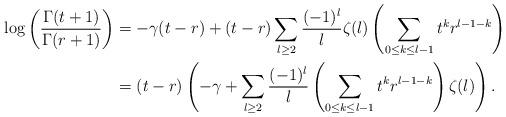
LaTeX: \begin{align*}\log\left(\frac{\Gamma(t+1)}{\Gamma(r+1)}\right) &= -\gamma(t-r) + (t-r)\sum_{l \geq 2} \frac{(-1)^l}{l}\zeta(l)\left(\sum_{0 \leq k \leq l-1} t^kr^{l-1-k}\right) \\&= (t-r)\left(-\gamma +\sum_{l \geq 2} \frac{(-1)^l}{l}\left(\sum_{0 \leq k \leq l-1} t^kr^{l-1-k}\right) \zeta(l)\right).\end{align*}